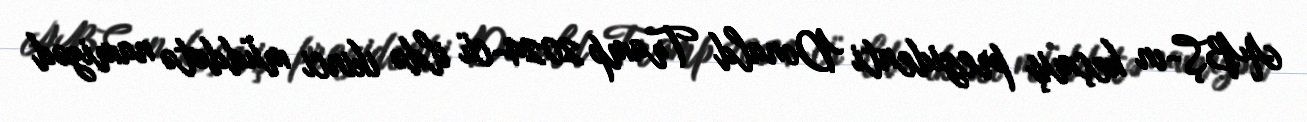
ABŞ-ın keçmiş prezidenti Donald Tramp 2024-cü ildə ikinci müddətə namizəd